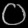
Digit: ၀